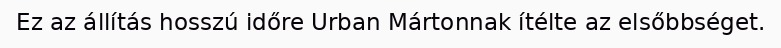
Ez az állítás hosszú időre Urban Mártonnak ítélte az elsőbbséget.